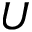
U